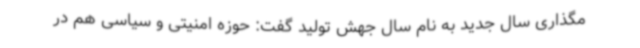
مگذاری سال جدید به نام سال جهش تولید گفت: حوزه امنیتی و سیاسی هم در